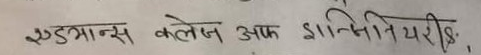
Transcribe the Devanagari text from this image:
एड्रान्स कलेज अफ इन्जिनियरिङ्गः,